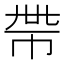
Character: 𢂸